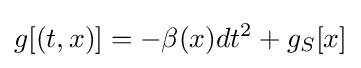
g[(t,x)]=-\beta (x)dt^{2}+g_{S}[x]